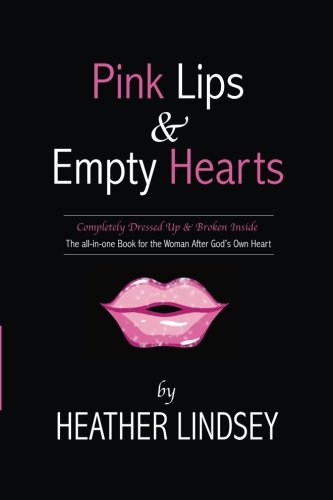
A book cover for Pink Lips & Empty Hearts; Heather Lindsey; Parenting & Relationships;